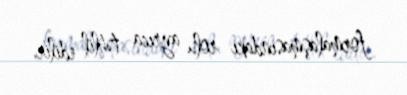
formalaşmasındakı rolu ayrıca təhlil edilir.